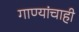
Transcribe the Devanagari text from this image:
गाण्यांचाही